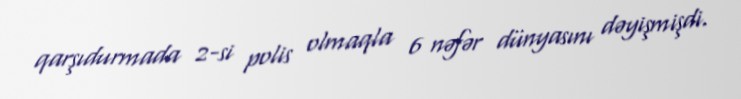
qarşıdurmada 2-si polis olmaqla 6 nəfər dünyasını dəyişmişdi.